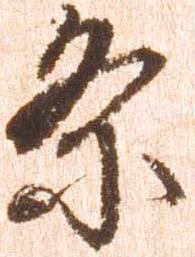
条